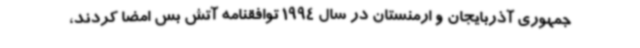
جمهوری آذربایجان و ارمنستان در سال 1994 توافقنامه آتش بس امضا کردند،